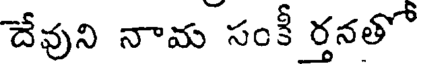
దేవుని నామ సంకీ ర్తనతో